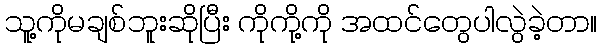
သူ့ကိုမချစ်ဘူးဆိုပြီး ကိုကို့ကို အထင်တွေပါလွဲခဲ့တာ။